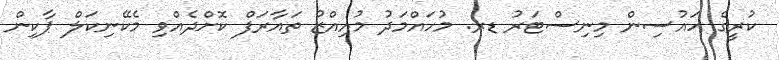
ކުރީގެ ހައުސިން މިނިސްޓަރު ޑރ. މުހައްމަދު މުއިއްޒު ތައާރަފް ކޮށްދެއްވި މެކޭނިކަލް ޕާކިން